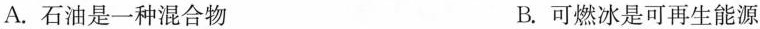
A.石油是一种混合物 B.可燃冰是可再生能源